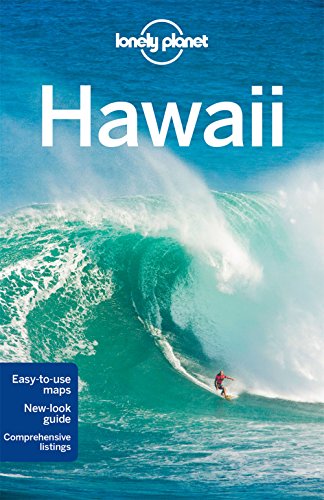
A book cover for Lonely Planet Hawaii (Travel Guide); Lonely Planet; Travel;